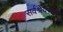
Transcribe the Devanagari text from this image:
सर्वश्रेयस्कर